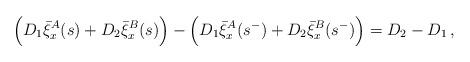
LaTeX: \begin{align*}\Big(D_1\bar{\xi}^{A}_x(s)+D_2\bar{\xi}^{B}_x(s)\Big)-\Big(D_1\bar{\xi}^{A}_x(s^-)+D_2\bar{\xi}^{B}_x(s^-)\Big)=D_2-D_1\,,\end{align*}